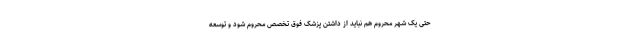
حتی یک شهر محروم هم نباید از داشتن پزشک فوق تخصص محروم شود و توسعه